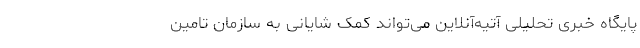
پایگاه خبری تحلیلی آتیه‌آنلاین می‌تواند کمک شایانی به سازمان تامین